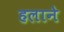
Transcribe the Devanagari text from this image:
हलाने